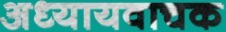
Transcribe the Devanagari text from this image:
अध्यायवाचक